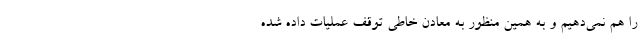
را هم نمی‌دهیم و به همین منظور به معادن خاطی توقف عملیات داده شده